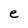
Character: e